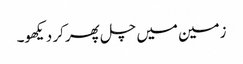
زمین میں چل پھر کر دیکھو۔